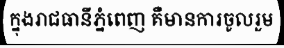
ក្នុងរាជធានីភ្នំពេញ គឺមានការចូលរួម